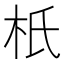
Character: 𣏚